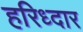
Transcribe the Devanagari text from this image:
हरिध्दार